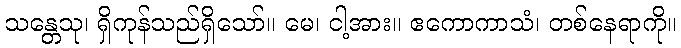
သန္တေသု၊ ရှိကုန်သည်ရှိသော်။ မေ၊ ငါ့အား။ ဧကောကာသံ၊ တစ်နေရာကို။